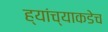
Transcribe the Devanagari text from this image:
ह्यांच्याकडेच